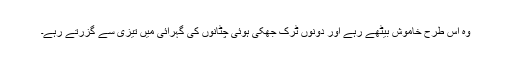
وہ اس طرح خاموش بیٹھے رہے اور دونوں ٹرک جھکی ہوئی چٹانوں کی گہرائی میں تیزی سے گزرتے رہے۔